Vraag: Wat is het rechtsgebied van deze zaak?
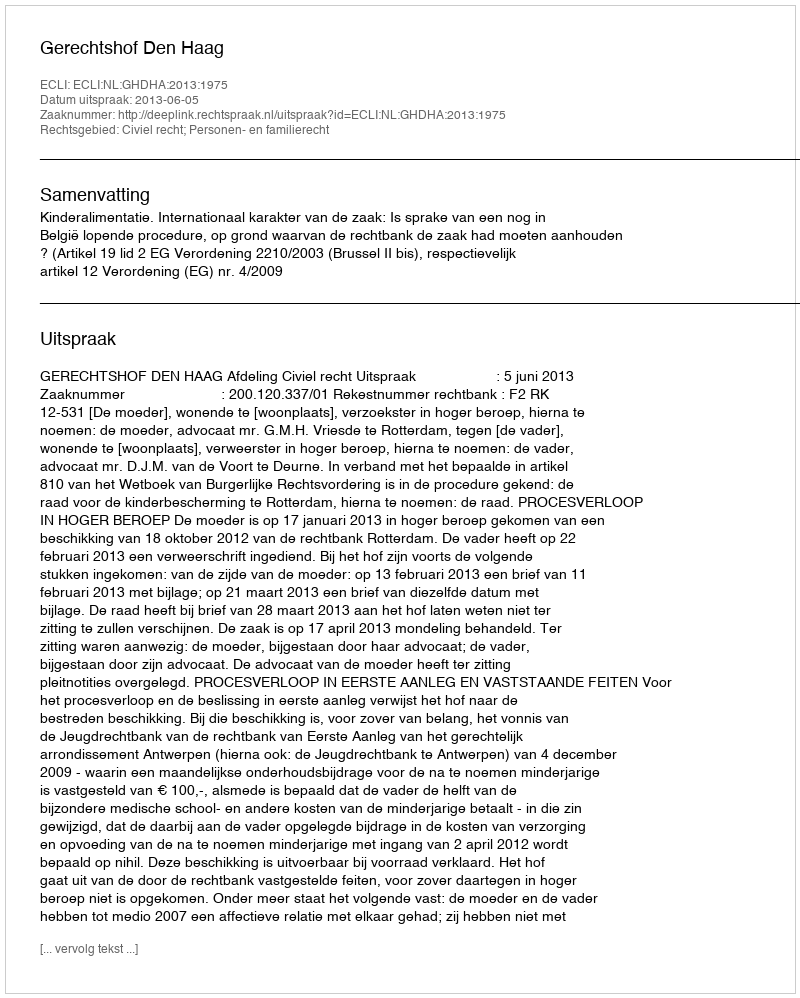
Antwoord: Civiel recht; Personen- en familierecht